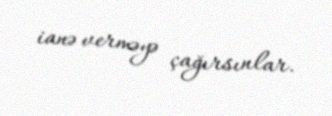
ianə verməyə çağırsınlar.